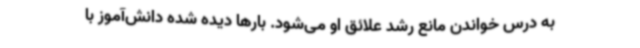
به درس خواندن مانع رشد علائق او می‌شود. بارها دیده شده دانش‌آموز با